Vaccination in Bombay 1863-1868 - 1863-1868
Year: 1863
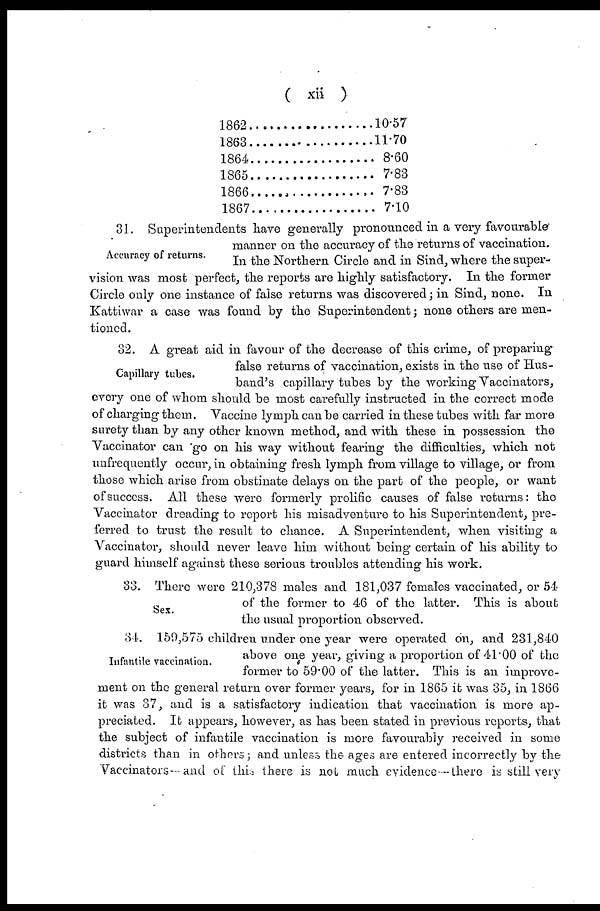
( xii )
1862 ....................
1863 ....................
1864 ....................
1865 ....................
1866 ....................
1867 ....................
10.57
11.70
8.60
7.83
7.83
7.10
Accuracy of returns.
31. Superintendents have generally pronounced in a very favourable
manner on the accuracy of the returns of vaccination.
In the Northern Circle and in Sind, where the super-
vision was most perfect, the reports are highly satisfactory. In the former
Circle only one instance of false returns was discovered; in Sind, none. In
Kattiwar a case was found by the Superintendent; none others are men-
tioned.
Capillary tubes.
32. A great aid in favour of the decrease of this crime, of preparing
false returns of vaccination, exists in the use of Hus-
band's capillary tubes by the working Vaccinators,
every one of whom should be most carefully instructed in the correct mode
of charging them. Vaccine lymph can be carried in these tubes with far more
surety than by any other known method, and with these in possession the
Vaccinator can 'go on his way without fearing the difficulties, which not
unfrequently occur, in obtaining fresh lymph from village to village, or from
those which arise from obstinate delays on the part of the people, or want
of success. All these were formerly prolific causes of false returns: the
Vaccinator dreading to report his misadventure to his Superintendent, pre-
ferred to trust the result to chance. A Superintendent, when visiting a
Vaccinator, should never leave him without being certain of his ability to
guard himself against these serious troubles attending his work.
Sex.
33. There were 210,378 males and 181,037 females vaccinated, or 54
of the former to 46 of the latter. This is about
the usual proportion observed.
Infantile vaccination.
34. 159,575 children under one year were operated on, and 231,840
above one year, giving a proportion of 41.00 of the
former to 59.00 of the latter. This is an improve-
ment on the general return over former years, for in 1865 it was 35, in 1866
it was 37, and is a satisfactory indication that vaccination is more ap-
preciated. It appears, however, as has been stated in previous reports, that
the subject of infantile vaccination is more favourably received in some
districts than in others; and unless the ages are entered incorrectly by the
Vaccinators and of this there is not much evidence—there is still very